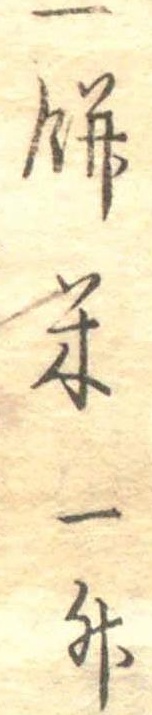
一餅米一升